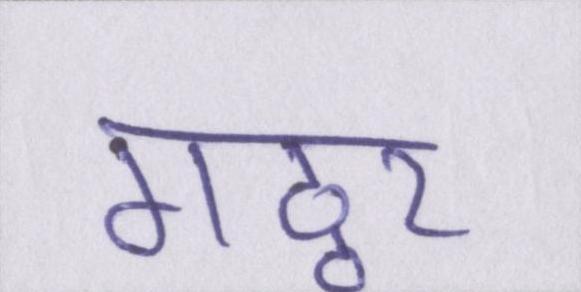
गठ्ठर